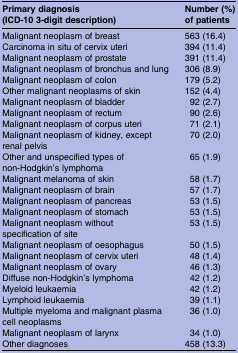
| Primary diagnosis (ICD-10 3-digit description) | Number (%) of patients |
 | --- | --- |
 | Malignant neoplasm of breast | 563 (16.4) |
 | Carcinoma in situ of cervix uteri | 394 (11.4) |
 | Malignant neoplasm of prostate | 391 (11.4) |
 | Malignant neoplasm of bronchus and lung | 306 (8.9) |
 | Malignant neoplasm of colon | 179 (5.2) |
 | Other malignant neoplasms of skin | 152 (4.4) |
 | Malignant neoplasm of bladder | 92 (2.7) |
 | Malignant neoplasm of rectum | 90 (2.6) |
 | Malignant neoplasm of corpus uteri | 71 (2.1) |
 | Malignant neoplasm of kidney, except renal pelvis | 70 (2.0) |
 | Other and unspecified types of non-Hodgkin’s lymphoma | 65 (1.9) |
 | Malignant melanoma of skin | 58 (1.7) |
 | Malignant neoplasm of brain | 57 (1.7) |
 | Malignant neoplasm of pancreas | 53 (1.5) |
 | Malignant neoplasm of stomach | 53 (1.5) |
 | Malignant neoplasm without specification of site | 53 (1.5) |
 | Malignant neoplasm of oesophagus | 50 (1.5) |
 | Malignant neoplasm of cervix uteri | 48 (1.4) |
 | Malignant neoplasm of ovary | 46 (1.3) |
 | Diffuse non-Hodgkin’s lymphoma | 42 (1.2) |
 | Myeloid leukaemia | 42 (1.2) |
 | Lymphoid leukaemia | 39 (1.1) |
 | Multiple myeloma and malignant plasma cell neoplasms | 36 (1.0) |
 | Malignant neoplasm of larynx | 34 (1.0) |
 | Other diagnoses | 458 (13.3) |